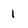
Character: l